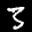
Label: 3